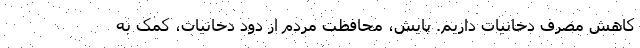
کاهش مصرف دخانیات داریم. پایش، محافظت مردم از دود دخانیات، کمک به